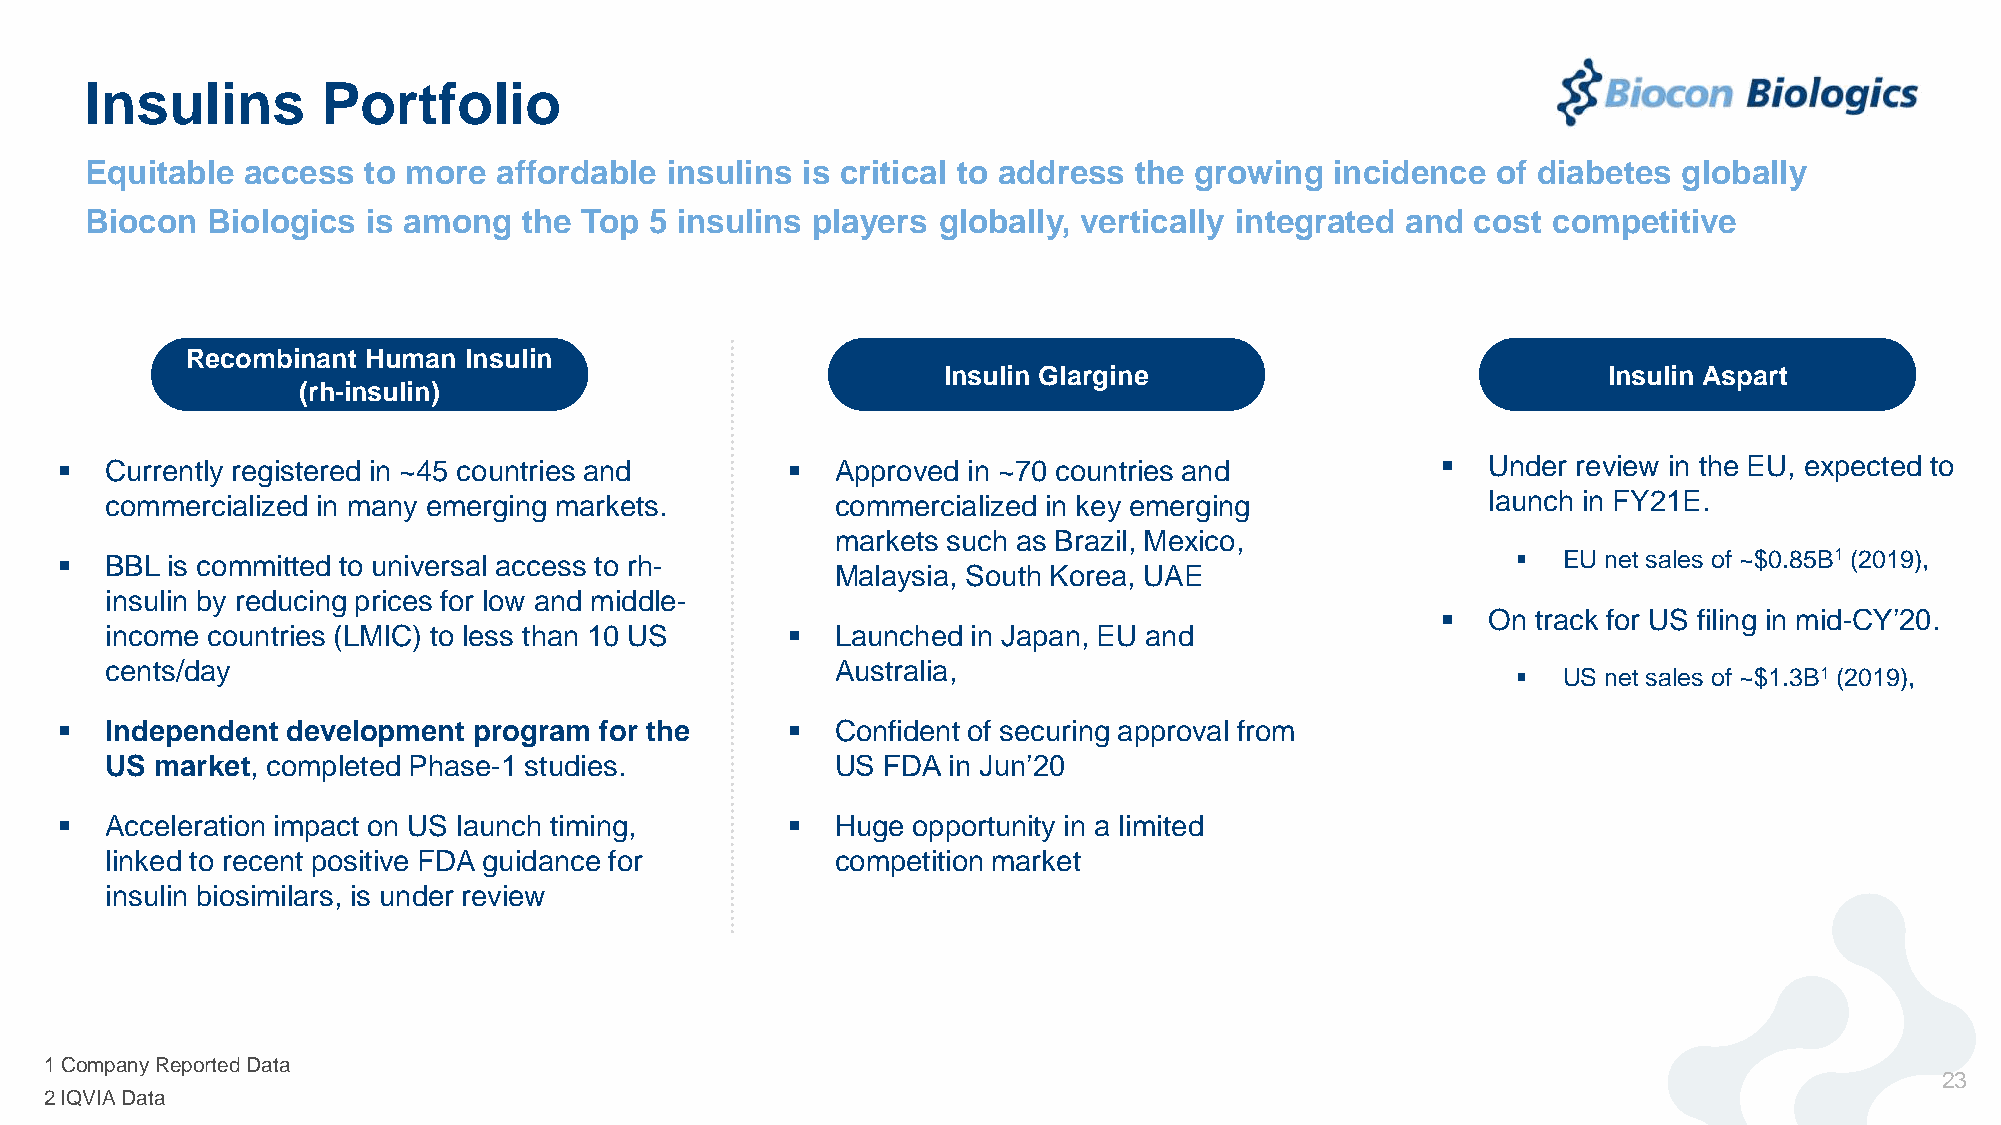
Insulins       Portfolio
 Equitable access  to more  affordable insulins is critical to address the growing incidence  of diabetes globally
 Biocon  Biologics is among   the Top 5 insulins players globally, vertically integrated and cost competitive
 Recombinant Human  Insulin
 Insulin Glargine                            Insulin Aspart
 (rh-insulin)
   Currently registered in ~45 countries and      Approved in ~70 countries and             Under review in the EU, expected to
 commercialized in many emerging markets.        commercialized in key emerging             launch in FY21E.
 markets such as Brazil, Mexico,
   BBL is committed to universal access to rh-                                                    EU net sales of ~$0.85B1 (2019),
 Malaysia, South Korea, UAE
 insulin by reducing prices for low and middle-
   On  track for US filing in mid-CY’20.
 income countries (LMIC) to less than 10 US     Launched in Japan, EU and
 cents/day                                       Australia,
   US net sales of ~$1.3B1 (2019),
   Independent development program  for the       Confident of securing approval from
 US market, completed Phase-1 studies.           US FDA  in Jun’20
   Acceleration impact on US launch timing,       Huge opportunity in a limited
 linked to recent positive FDA guidance for      competition market
 insulin biosimilars, is under review
 1 Company Reported Data
 23
 2 IQVIA Data